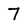
Character: 7